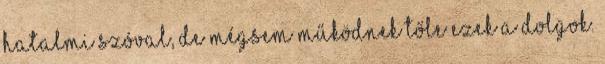
hatalmi szóval, de mégsem működnek tőle ezek a dolgok.